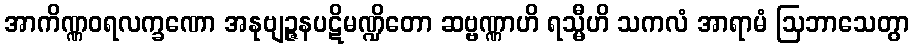
အာကိဏ္ဏဝရလက္ခဏော အနုဗျဉ္ဇနပဋိမဏ္ဍိတော ဆဗ္ဗဏ္ဏာဟိ ရသ္မီဟိ သကလံ အာရာမံ ဩဘာသေတွာ